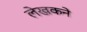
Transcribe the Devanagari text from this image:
लेखकने